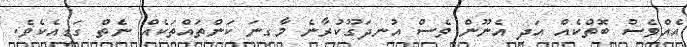
އެއްވެސް ބޮތްކެއް އަދި އެނޫން ވެސް އުނދަގޫކުރާނެ މާގިނަ ކަންތައްތަކެއް ނެތް ގަޑިއެކެވެ.